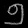
Digit: ၅